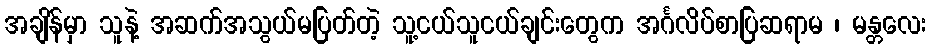
အချိန်မှာ သူနဲ့ အဆက်အသွယ်မပြတ်တဲ့ သူ့ငယ်သူငယ်ချင်းတွေက အင်္ဂလိပ်စာပြဆရာမ ၊ မန္တလေး